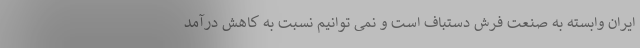
ایران وابسته به صنعت فرش دستباف است و نمی توانیم نسبت به کاهش درآمد